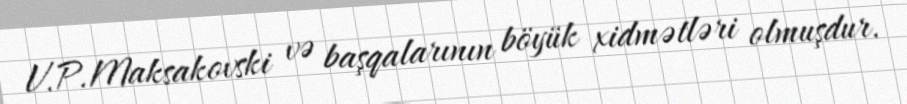
V.P.Maksakovski və başqalarının böyük xidmətləri olmuşdur.